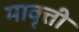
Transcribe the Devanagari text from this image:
मावृत्ती